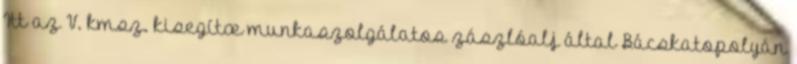
Itt az V. kmsz. kisegítœ munkaszolgálatos zászlóalj által Bácskatopolyán